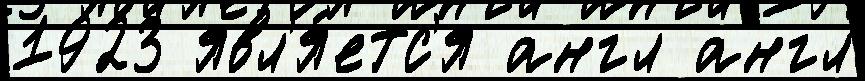
1923 явл'я́етс'я англ англ